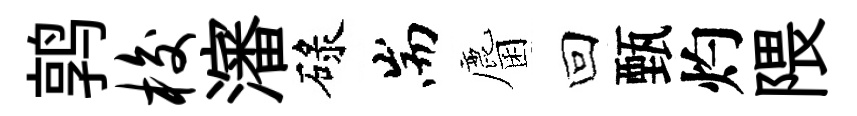
鹑梭瀋碌耑麕回甄灼隈